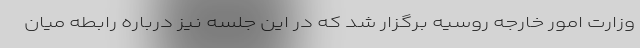
وزارت امور خارجه روسیه برگزار شد که در این جلسه نیز درباره رابطه میان